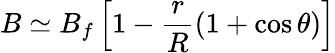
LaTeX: B\simeq B_{f}\left[1-\frac{r}{R}(1+\cos\theta)\right]